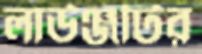
লাউঞ্জটির